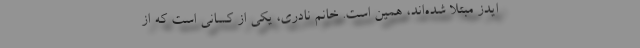
ایدز مبتلا شده‌اند، همین است. خانم نادری، یکی از کسانی است که از